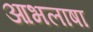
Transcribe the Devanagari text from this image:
आभलाषा